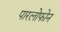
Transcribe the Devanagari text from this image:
पारलोफोन